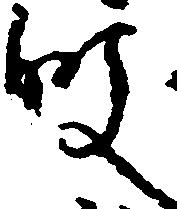
殿